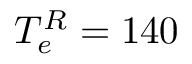
T _ { e } ^ { R } = 1 4 0